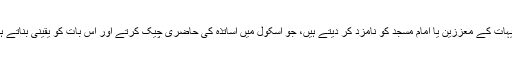
طالبان ان دیہاتوں میں اسکول وغیرہ کی نگرانی کے لیے دیہات کے معززین یا امام مسجد کو نامزد کر دیتے ہیں، جو اسکول میں اساتذہ کی حاضری چیک کرتے اور اس بات کو یقینی بناتے ہیں کہ غیر حاضر رہنے والے اساتذہ کی تنخواہ کاٹی جائے۔